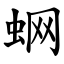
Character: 蛧